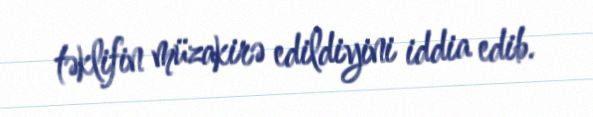
təklifin müzakirə edildiyini iddia edib.